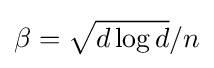
\beta ={\sqrt {d\log d}}/n